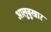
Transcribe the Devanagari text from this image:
आलुबुखार